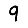
Digit: 9